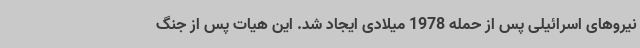
نیروهای اسرائیلی پس از حمله 1978 میلادی ایجاد شد. این هیات پس از جنگ